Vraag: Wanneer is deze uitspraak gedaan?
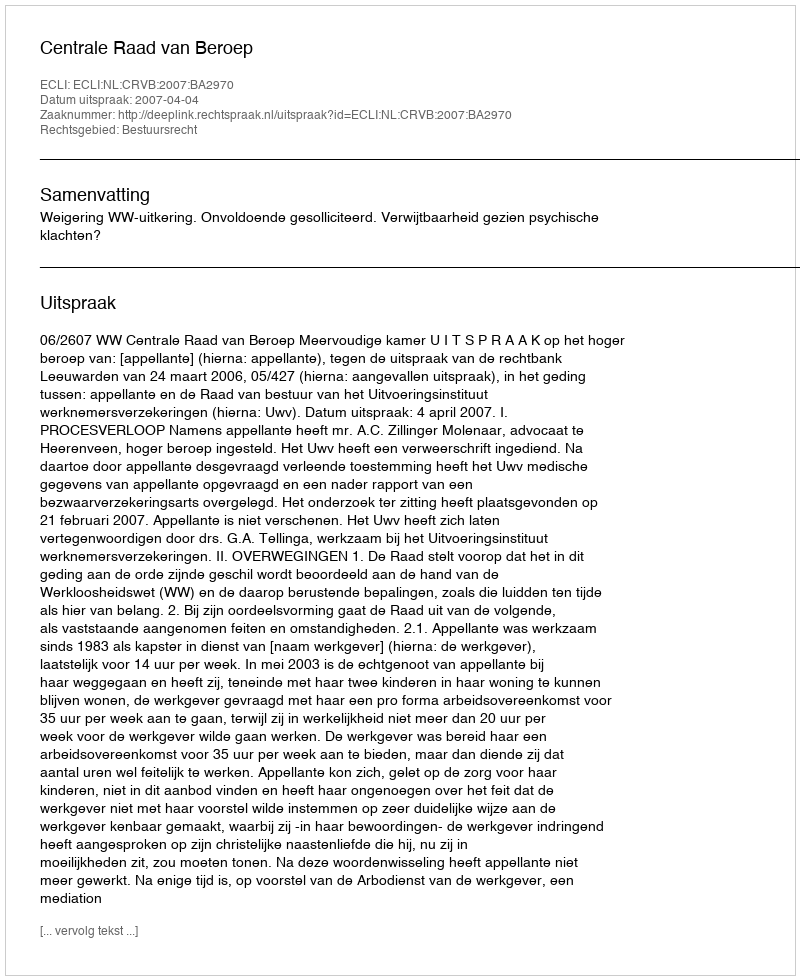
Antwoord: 2007-04-04